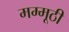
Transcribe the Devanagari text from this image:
मम्मूठी